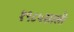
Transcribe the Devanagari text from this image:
१९८५साली